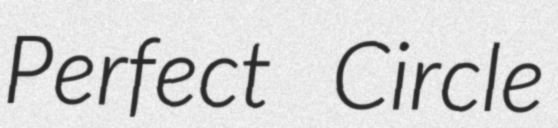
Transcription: Perfect Circle